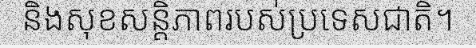
និងសុខសន្តិភាពរបស់ប្រទេសជាតិ។